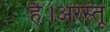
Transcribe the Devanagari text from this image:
है।अरस्तू